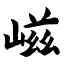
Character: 嵫